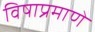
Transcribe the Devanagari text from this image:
विषाप्रमाणे